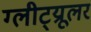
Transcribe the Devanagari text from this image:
ग्लीट्य्रूलर